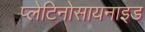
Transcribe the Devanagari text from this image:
प्लेटिनोसायनाइड